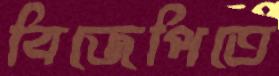
বিজেপিতে